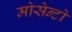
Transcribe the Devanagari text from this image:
मोसेन्टो